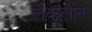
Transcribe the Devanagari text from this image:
लैकलान